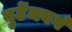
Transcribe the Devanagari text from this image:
वुर्टेमवर्ग